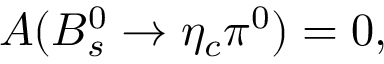
{ \cal A } ( B _ { s } ^ { 0 } \rightarrow \eta _ { c } \pi ^ { 0 } ) = 0 ,